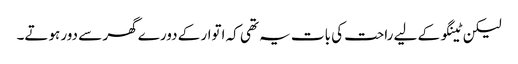
لیکن ٹینگو کے لیے راحت کی بات یہ تھی کہ اتوار کے دورے گھر سے دور ہوتے۔